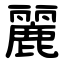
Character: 麗